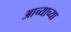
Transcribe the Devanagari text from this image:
आच्याच्या